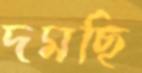
দমছি